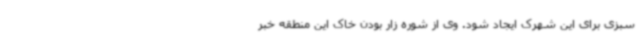
سبزی برای این شهرک ایجاد شود. وی از شوره زار بودن خاک این منطقه خبر